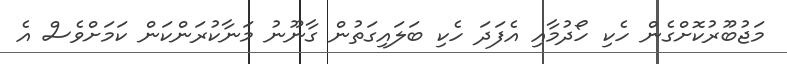
މަޖުބޫރުކޮށްގެން ހެކި ހޯދުމާއި އެފަދަ ހެކި ބަލައިގަތުން ގާނޫނު މަނާކުރަންކަން ކަމަށްވެސް އެ